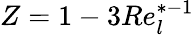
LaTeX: Z=1-3Re_{l}^{*-1}